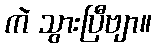
ကဲ သွားပြီဗျာ။